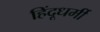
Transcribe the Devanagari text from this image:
हिंदूधर्मी